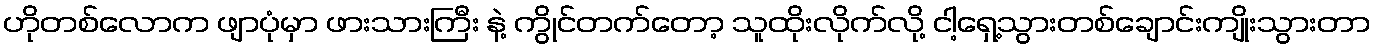
ဟိုတစ်လောက ဖျာပုံမှာ ဖားသားကြီး နဲ့ ကွိုင်တက်တော့ သူထိုးလိုက်လို့ ငါ့ရှေ့သွားတစ်ချောင်းကျိုးသွားတာ